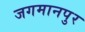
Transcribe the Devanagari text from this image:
जगमानपुर